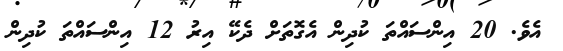
އެވެ. 20 އިންސައްތަ ކުދިން އެގޮތަށް ދެކޭ އިރު 12 އިންސައްތަ ކުދިން